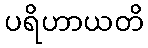
ပရိဟာယတိ